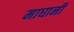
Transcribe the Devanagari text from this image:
माघानी